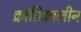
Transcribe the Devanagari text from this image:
क्रांतिकालीन